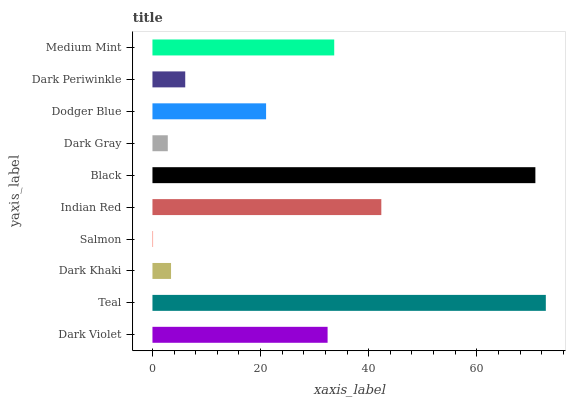
| yaxis_label | bars |
 | --- | --- |
 | Dark Violet | 32.4 |
 | Teal | 72.8 |
 | Dark Khaki | 3.44 |
 | Salmon | 0.114 |
 | Indian Red | 42.3 |
 | Black | 70.8 |
 | Dark Gray | 2.84 |
 | Dodger Blue | 21 |
 | Dark Periwinkle | 6.06 |
 | Medium Mint | 33.6 |